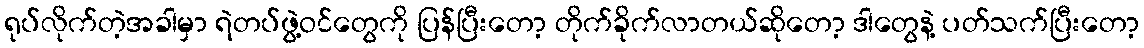
ရုပ်လိုက်တဲ့အခါမှာ ရဲတပ်ဖွဲ့ဝင်တွေကို ပြန်ပြီးတော့ တိုက်ခိုက်လာတယ်ဆိုတော့ ဒါတွေနဲ့ ပတ်သက်ပြီးတော့